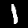
Label: 1